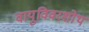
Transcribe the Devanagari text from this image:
वायुविवरशोथ